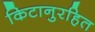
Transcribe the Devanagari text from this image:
किटानुरहित